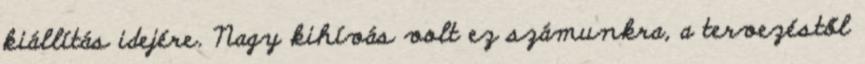
kiállítás idejére. Nagy kihívás volt ez számunkra, a tervezéstől